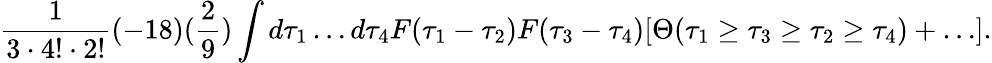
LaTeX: \frac{1}{3\cdot 4!\cdot 2!}(-18)(\frac{2}{9})\int d\tau_{1}\dots d\tau_{4}F(\tau_{1}-\tau_{2})F(\tau_{3}-\tau_{4})[\Theta(\tau_{1}\geq\tau_{3}\geq\tau_{2}\geq\tau_{4})+\dots].